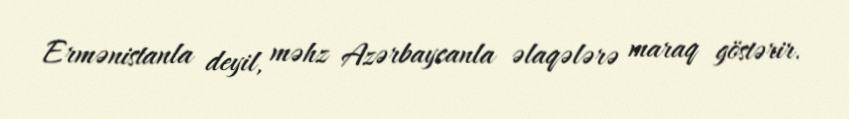
Ermənistanla deyil, məhz Azərbaycanla əlaqələrə maraq göstərir.